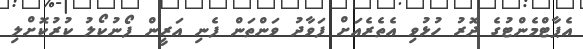
އެޕާޓްމެންޓުގެ ދޮރު ހުޅުވި އެތެރެއަށް ފަވާދު ވަންތަން ފެނި އަރީން ފޯނުކޯލު ކުރުކޮށްލި